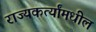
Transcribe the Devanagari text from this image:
राज्यकर्त्यांमधील